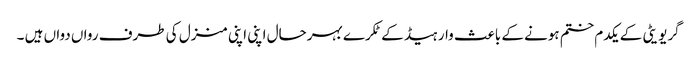
گریویٹی کے یکدم ختم ہونے کے باعث وار ہیڈ کے ٹکرے بہرحال اپنی اپنی منزل کی طرف رواں دواں ہیں ۔